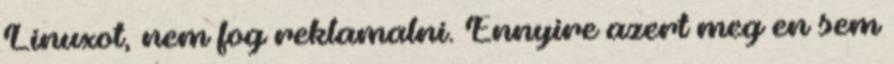
Linuxot, nem fog reklamalni. Ennyire azert meg en sem